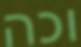
וכה